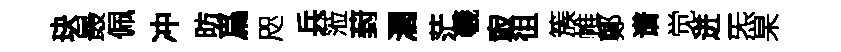
玦最佩冲昉爲咫兵蒞葑濶茫羲㝡徂簇帷鄭谱觉迸炁杲